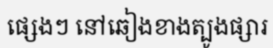
ផ្សេងៗ នៅឆៀងខាងត្បូងផ្សារ